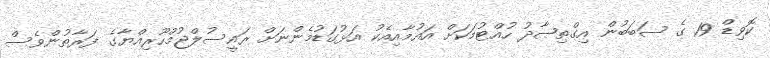
ކޮވިޑް 19 ގެ ސަބަބުން އިގްތިޞާދު ހުއްޓުމަކަށް އައުމާއިއެކު އަޅުގަޑުމެންނަށް ރައީސުލްޖުމްހޫރިއްޔާގެ ފަރާތުންވެސް